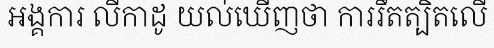
អង្គការ លីកាដូ យល់ឃើញថា ការរឹតត្បិតលើ